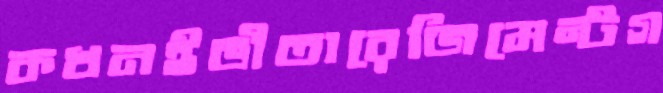
কখনইভীতারেজিমেন্টগ